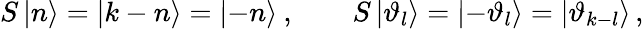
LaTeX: S\left|n\right\rangle=\left|k-n\right\rangle=\left|-n\right\rangle\: ,\qquad S\left|\vartheta_{l}\right\rangle=\left|-\vartheta_{l}\right\rangle=\left|\vartheta_{k-l}\right\rangle\, ,